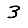
Digit: 3